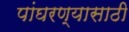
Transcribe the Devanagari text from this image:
पांघरण्यासाठी